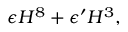
\epsilon { \cal H } ^ { 8 } + \epsilon ^ { \prime } { \cal H } ^ { 3 } ,